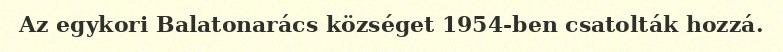
Az egykori Balatonarács községet 1954-ben csatolták hozzá.